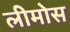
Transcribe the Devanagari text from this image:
लीमोस